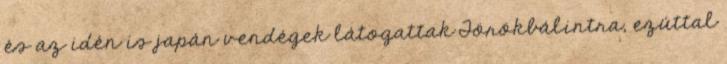
és az idén is japán vendégek látogattak Törökbálintra, ezúttal